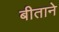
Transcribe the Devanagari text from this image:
बीताने